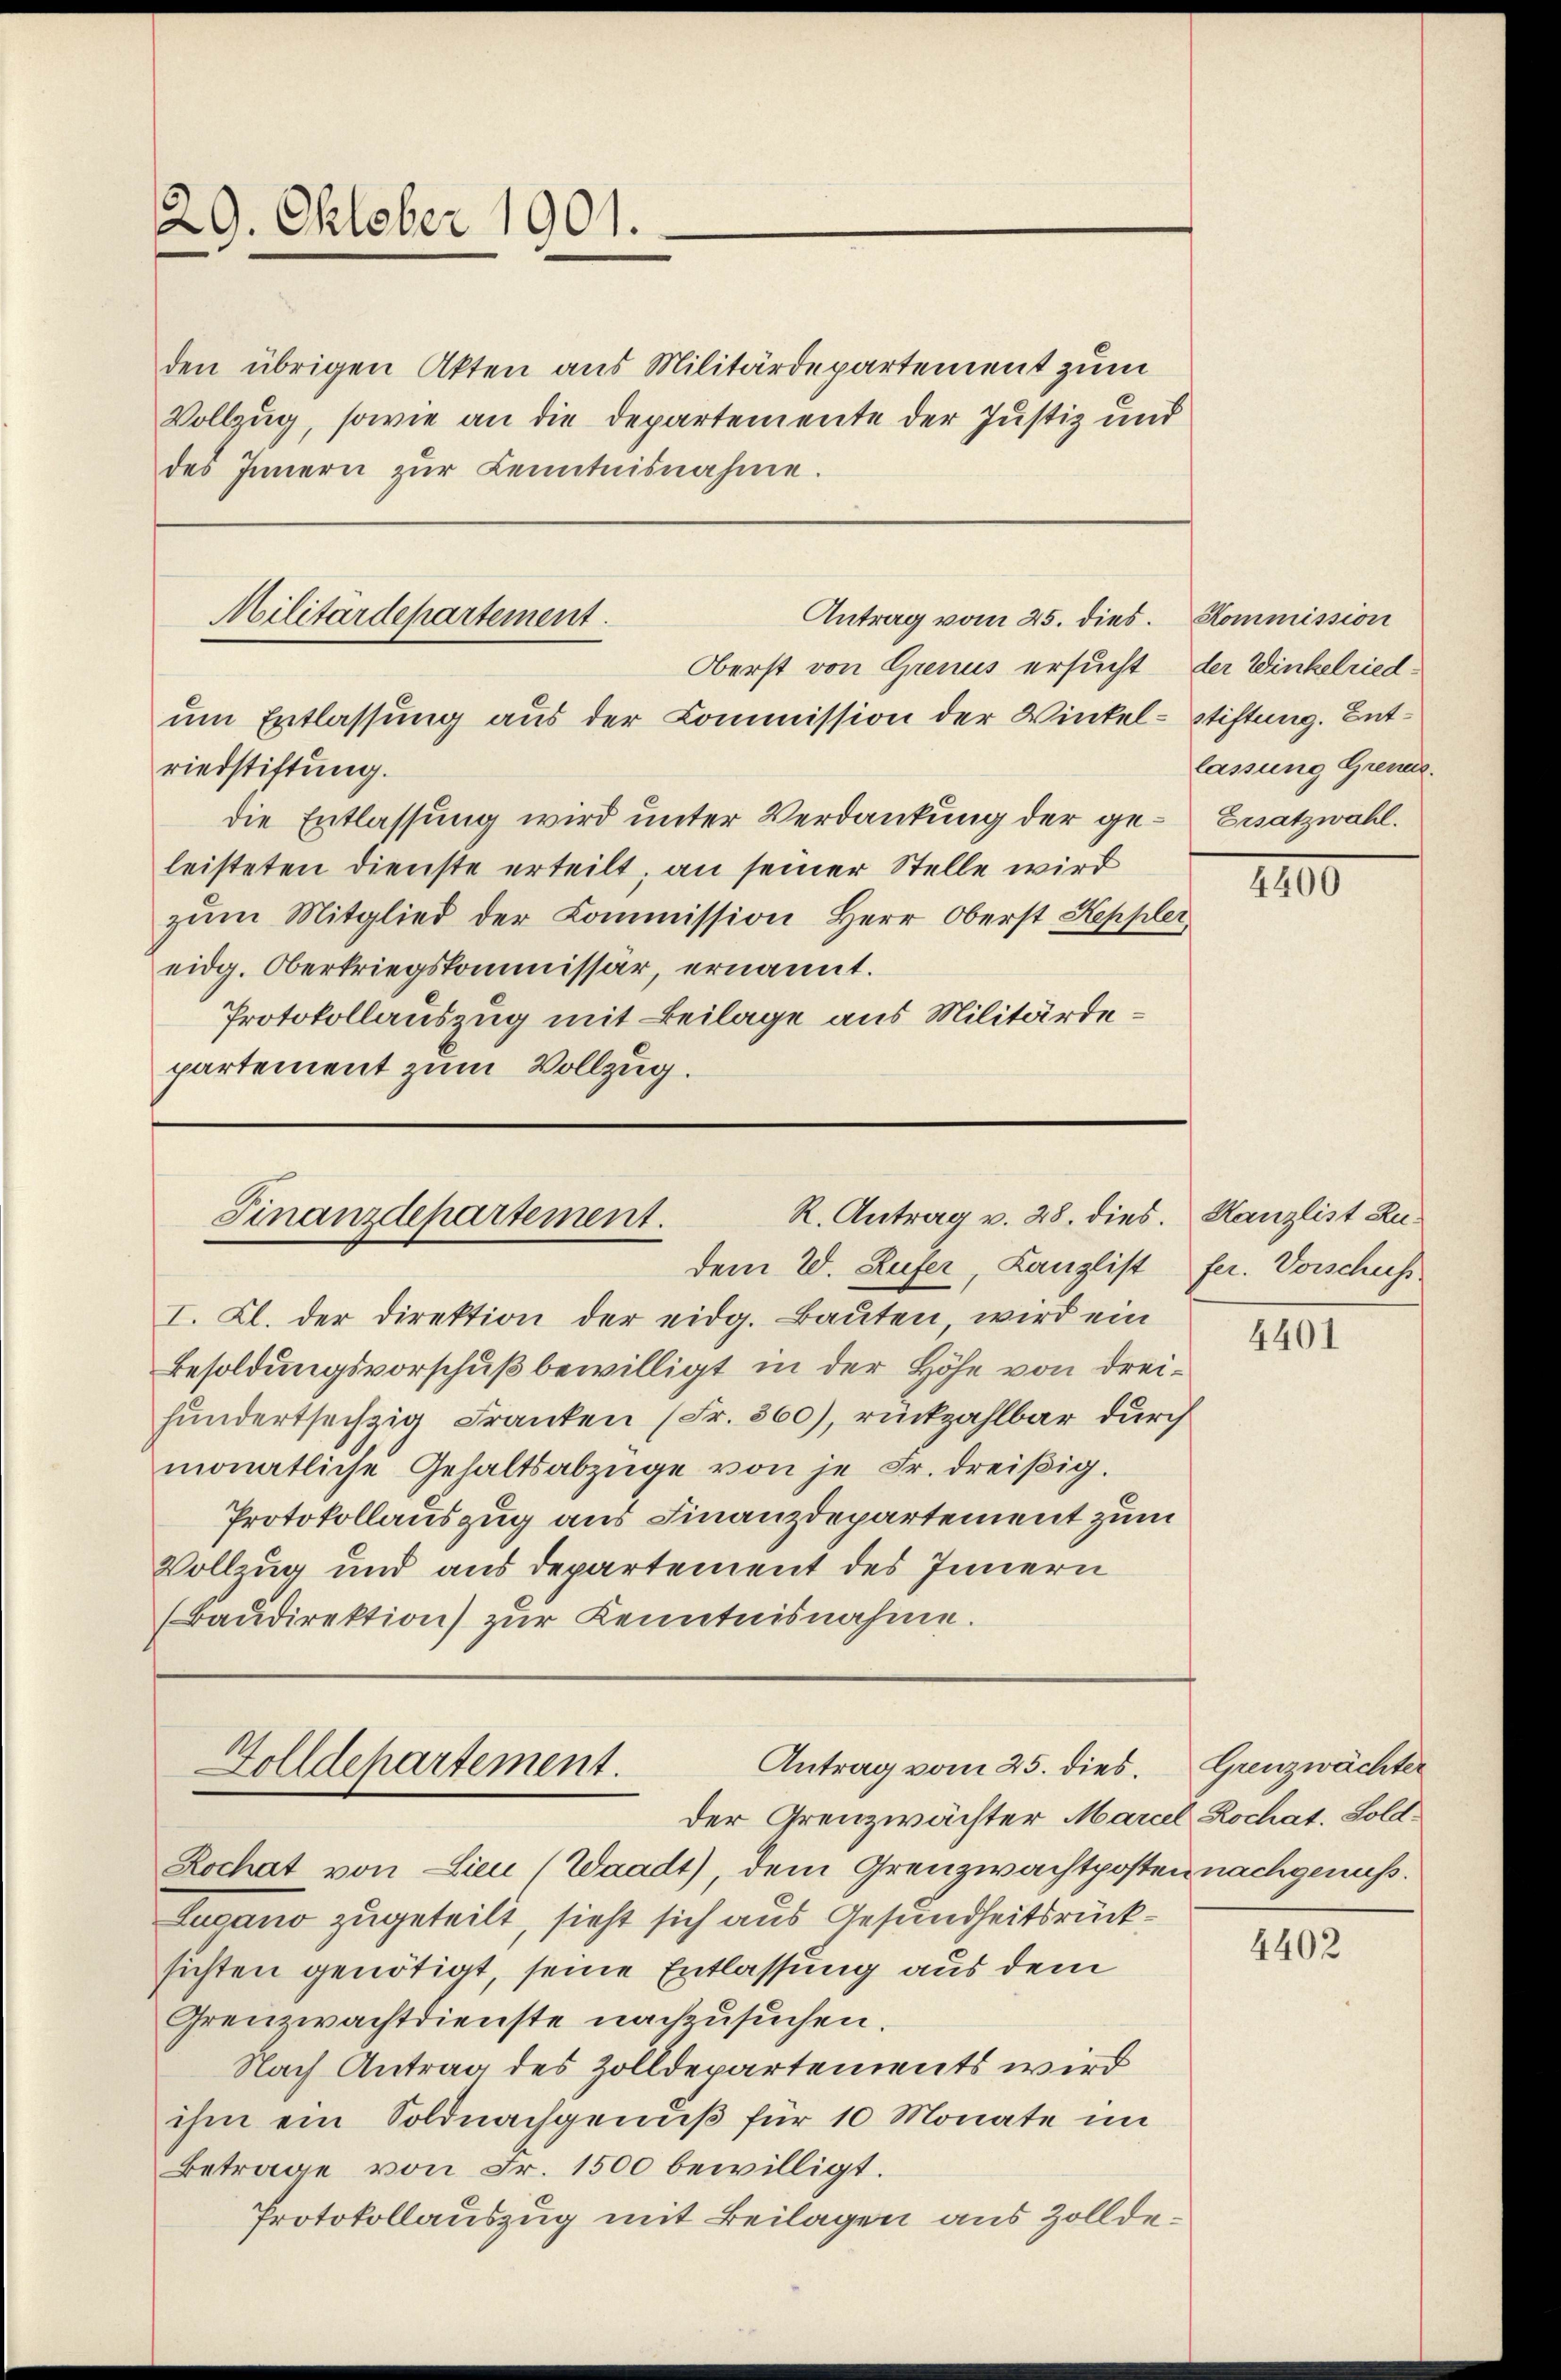
29. Oktober 1901.

den übrigen Akten aus Militärdepartement zum
Vollzug, sowie an die Departemente der Justiz und
des Innern zŭr Kenntnisnahme.

riedstiftung.
die Entlassung wird unter Verdankung der ge- Ersatzwahl.
leisteten dienste erteilt; an seiner Stelle wird
zum Mitglied der Commission Herr Oberst Keppler
eidg. Oberkriegskommissär, ernannt.
Protokollauszug mit Beilage aus Militärdepartement zum Vollzug.

Militärdepartement.
Antrag vom 25. dies. Kommission
Oberst von Grenus ersucht, der Winkelriedum Entlassung aus der Commission der Winkel-Stiftung. Ent¬

Besoldungsvorschuß bewilligt in der Höhe von dreihundertsechzig Franken (Fr. 560), rückzahlbar durch
monatliche Gehaltsabzüge von je Fr. dreißig.
Protokollauszug aus Finanzdepartement zum
Vollzug und aus Departement des Innern
(Baŭdirektion) zur Kenntnisnahme.

R. Antrag v. 28. dies. Kanzlist Ru¬
Finanzdepartement.
dem W. Rufer, Kanzlist fer. Vorschuss
I. Kl. der Direktion der eidg. Baŭten wird ein

Antrag vom 25. dies.
Zolldepartement.
Der Grenzwächter Marcel Rochat. Soll

lassung Grenes.

Rochat von Lieu (Waadt), dem Grenzwachtposten nachgenuß.
Lugano zugeteilt, sieht sich aus Gesundheitsrücksichten genötigt, seine Entlassung aus dem
Grenzwachtdienste nachzusuchen.
Nach Antrag des Zolldepartements wird
ihm ein Soldnachgenuß für 10 Monate im
Betrage von Fr. 1500 bewilligt.
Protokollauszug mit Beilagen aus Zollde¬

IIII

4401

Grenzwächter

4402